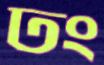
ঢং